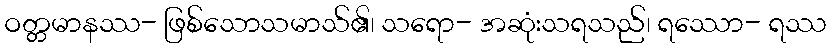
ဝတ္တမာနဿ- ဖြစ်သောသမာသ်၏၊ သရော- အဆုံးသရသည်၊ ရဿော- ရဿ